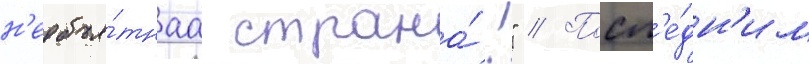
н'еобъя́тнаа страна́!" // Посл'е́дн'им